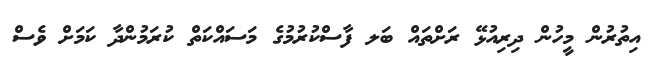
އިތުރުން މީހުން ދިރިއުޅޭ ރަށްތައް ބަލ ފާސްކުރުމުގެ މަސައްކަތް ކުރަމުންދާ ކަމަށް ވެސް